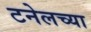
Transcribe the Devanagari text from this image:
टनेलच्या